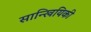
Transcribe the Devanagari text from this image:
सान्खियिकी